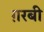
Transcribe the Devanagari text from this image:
ग़रबी